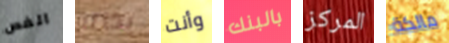
الفص بذاته وأنت بالبنك المركز مالكة